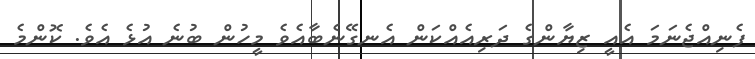
ފެނިއްޖެނަމަ އެއީ ޒިޔާންގެ ދަރިއެއްކަން އެނގޭނެބާއެވެ މީހުން ބުނެ އުޅެ އެވެ. ކޮންމެ